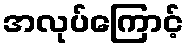
အလုပ်ကြောင့်